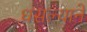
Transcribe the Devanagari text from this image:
धसल्याने